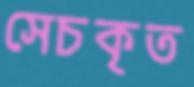
সেচকৃত